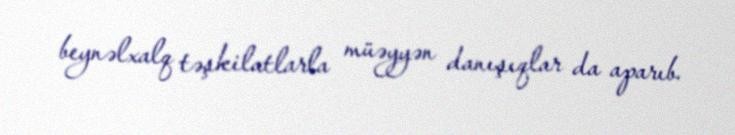
beynəlxalq təşkilatlarla müəyyən danışıqlar da aparıb.